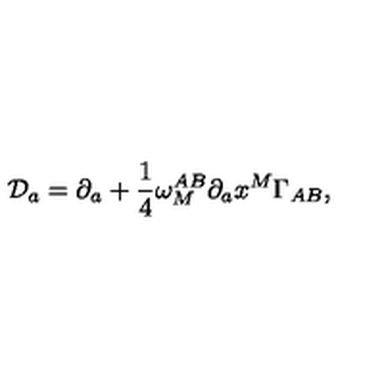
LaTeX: { \cal D } _ { a } = \partial _ { a } + { \frac { 1 } { 4 } } \omega _ { M } ^ { A B } \partial _ { a } x ^ { M } \Gamma _ { A B } ,